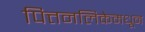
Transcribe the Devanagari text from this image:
पित्तनलिकेमधून